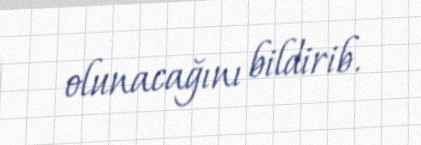
olunacağını bildirib.